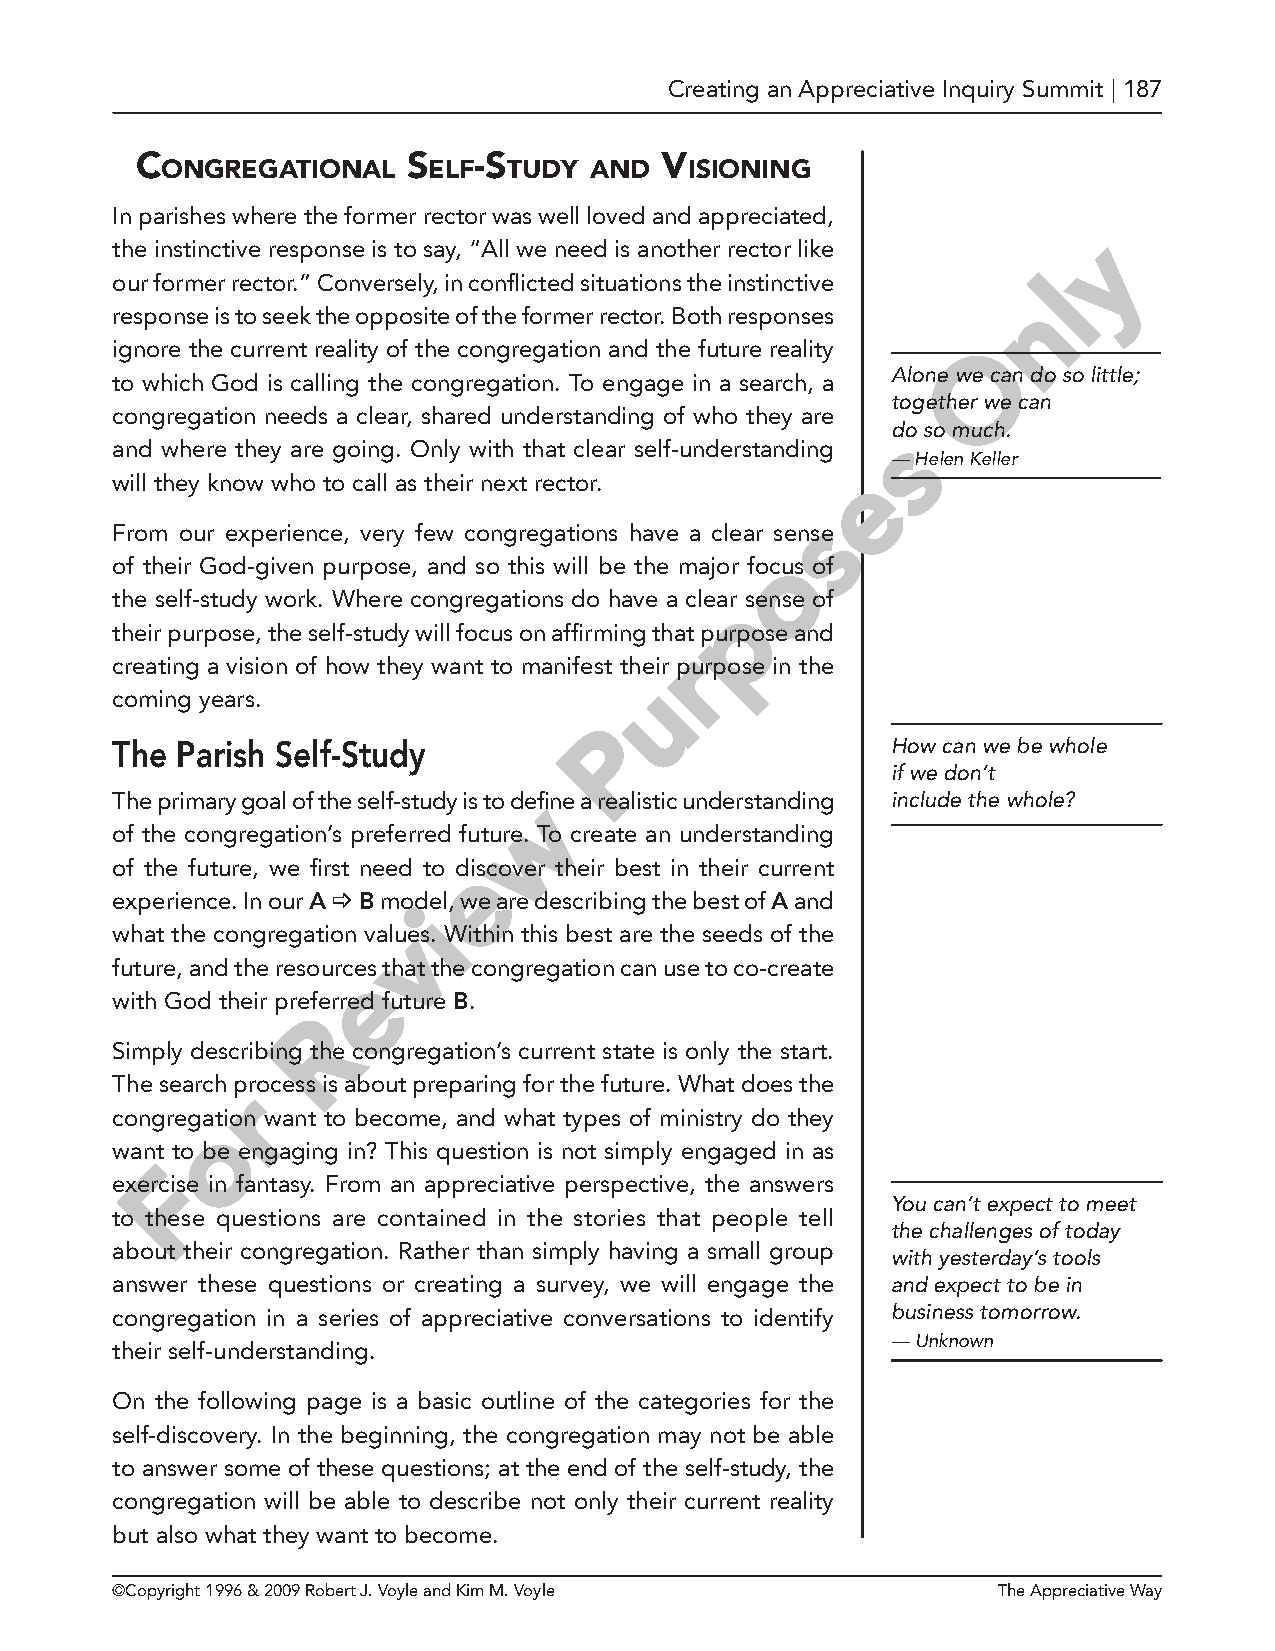
Creating an Appreciative Inquiry Summit | 187
 C                 S   -S           V
 ongregational    elf   tudy and    iSioning
 In parishes where the former rector was well loved and appreciated,
 y
 the instinctive response is to say, “All we need is another rector like
 our former rector.” Conversely, in conflicted situations the instinctive l
 n
 response is to seek the opposite of the former rector. Both responses
 ignore the current reality of the congregation and the future reality O
 Alone we can do so little;
 to which God is calling the congregation. To engage in a search, a
 together we can
 congregation needs a clear, shared understanding of who they are
 sdo so much.
 and where they are going. Only with that clear self-understanding
 — Helen Keller
 e
 will they know who to call as their next rector.
 s
 From our experience, very few congregations have a clear sense
 o
 of their God-given purpose, and so this will be the major focus of
 the self-study work. Where congregations do have a cleapr sense of
 their purpose, the self-study will focus on affirming that purpose and
 r
 creating a vision of how they want to manifest their purpose in the
 u
 coming years.
 P
 The  Parish Self-Study                              How can we be whole
 if we don’t
 The primary goal of the self-study is to dewfine a realistic understanding include the whole?
 of the congregation’s preferred future. To create an understanding
 of the future, we first need to deiscover their best in their current
 experience. In our A _ B model, we are describing the best of A and
 i
 what the congregation valuves. Within this best are the seeds of the
 future, and the resourcees that the congregation can use to co-create
 with God their preferred future B.
 R
 Simply describing the congregation’s current state is only the start.
 The search prrocess is about preparing for the future. What does the
 congregaotion want to become, and what types of ministry do they
 want to be engaging in? This question is not simply engaged in as
 F
 exercise in fantasy. From an appreciative perspective, the answers
 You can’t expect to meet
 to these questions are contained in the stories that people tell
 the challenges of today
 about their congregation. Rather than simply having a small group
 with yesterday’s tools
 answer these questions or creating a survey, we will engage the and expect to be in
 congregation in a series of appreciative conversations to identify business tomorrow.
 — Unknown
 their self-understanding.
 On the following page is a basic outline of the categories for the
 self-discovery. In the beginning, the congregation may not be able
 to answer some of these questions; at the end of the self-study, the
 congregation will be able to describe not only their current reality
 but also what they want to become.
 ©Copyright 1996 & 2009 Robert J. Voyle and Kim M. Voyle    The Appreciative Way